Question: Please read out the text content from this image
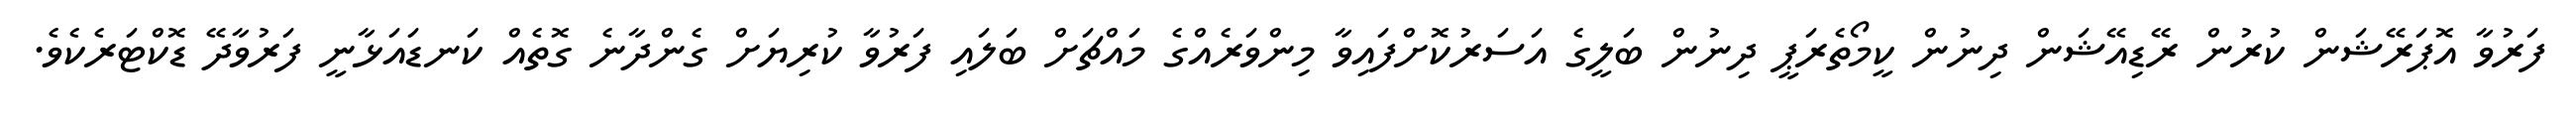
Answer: ފަރުވާ އޮޕަރޭޝަން ކުރުން ރޭޑިއޭޝަން ދިނުން ކީމޯތެރަޕީ ދިނުން ބަލީގެ އަސަރުކޮށްފައިވާ މިންވަރެއްގެ މައްޗަށް ބަލައި ފަރުވާ ކުރިޔަށް ގެންދާނެ ގޮތެއް ކަނޑައަޅާނީ ފަރުވާދޭ ޑޮކްޓަރެކެވެ.